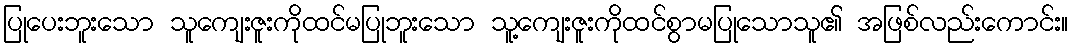
ပြုပေးဘူးသော သူကျေးဇူးကိုထင်မပြုဘူးသော သူ့ကျေးဇူးကိုထင်စွာမပြုသောသူ၏ အဖြစ်လည်းကောင်း။